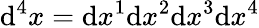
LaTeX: \mathrm{d}^{4}x=\mathrm{d}x^{1}\mathrm{d}x^{2}\mathrm{d}x^{3}\mathrm{d}x^{4}